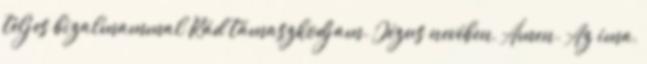
teljes bizalmammal Rád támaszkodjam. Jézus nevében, Ámen. Az ima,